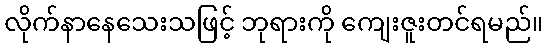
လိုက်နာနေသေးသဖြင့် ဘုရားကို ကျေးဇူးတင်ရမည်။